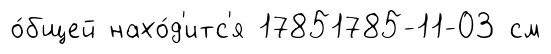
о́бщей нахо́д'итс'я 17851785-11-03 см